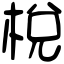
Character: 梲